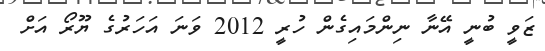
ޒަވީ ބުނީ އޭނާ ނިންމައިގެން ހުރީ 2012 ވަނަ އަހަރުގެ ޔޫރޯ އަށް